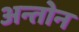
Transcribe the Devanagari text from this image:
अन्तोन